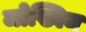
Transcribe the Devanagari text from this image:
जोख्विम